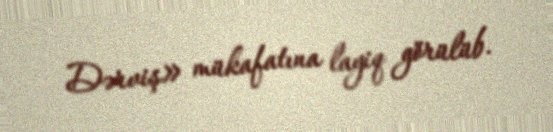
Dərviş» mükafatına layiq görülüb.